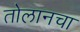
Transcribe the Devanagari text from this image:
तोलानचा